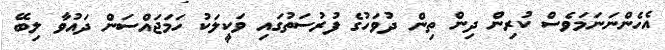
އެހެންނަނަމަވެސް ކުރިން ދިން ތިން ދުވަހުގެ ފުރުސަތުގައި ވަކީލަކު ހަމަޖައްސަން ދައުވާ ލިބޭ